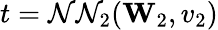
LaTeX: t=\mathcal{N}\mathcal{N}_{2}(\mathbf{{W}}_{2},v_{2})